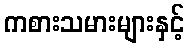
ကစားသမားများနှင့်